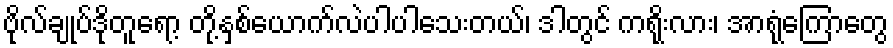
ဗိုလ်ချုပ်ဒိုတူရော့ တို့နှစ်ယောက်လဲပါပါသေးတယ်၊ ဒါတွင် ကရိုးလား၊ အာရုံကြောတွေ